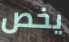
يخص